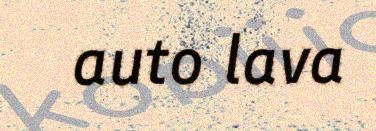
auto lava